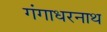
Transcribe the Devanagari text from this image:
गंगाधरनाथ